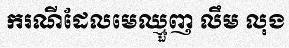
ករណីដែលមេឈ្មួញ លឹម លុង